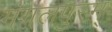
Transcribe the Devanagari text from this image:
मंगलपुरम्